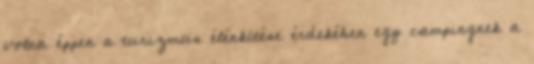
volna éppen a turizmus élénkítése érdekében egy campingnek a